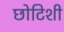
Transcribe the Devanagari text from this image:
छोटिशी